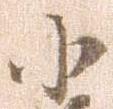
小